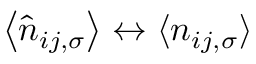
\left\langle \hat { n } _ { i j , \sigma } \right\rangle \leftrightarrow \langle n _ { i j , \sigma } \rangle